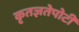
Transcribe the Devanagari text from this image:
कृतज्ञतेपोटी